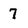
Character: 7